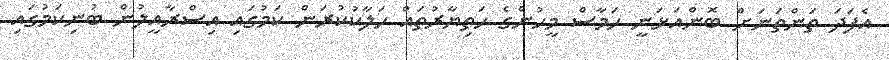
އެފަދަ ތަންތަނަށް ބޮންއަޅަނީ ހަމާސް މީހުންގެ ހަތިޔާރުތައް ހަލާކުކުރަން ކަމުގައި އިސްރާއީލުން ބުނިކަމުގައި